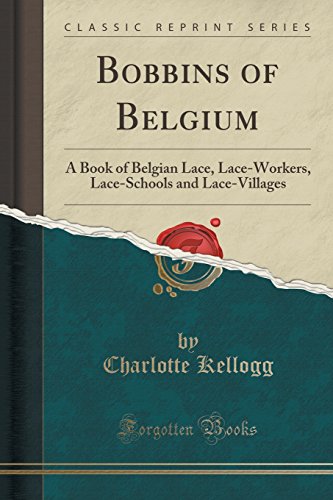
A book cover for Bobbins of Belgium: A Book of Belgian Lace, Lace-Workers, Lace-Schools and Lace-Villages (Classic Reprint); Charlotte Kellogg; History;